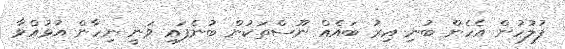
ފުލުހުން އެހެން ބުނި އިރު ބައެއް ނޫސްތަކުން ބުނެފައި ވަނީ ނިހާން އުޅުއްވާ